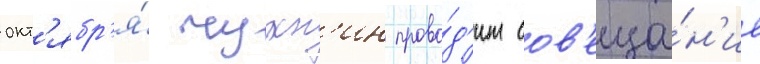
окт'ябр'я́ чухн'ин прово́д'ит сов'еща́н'ие